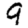
Digit: 9